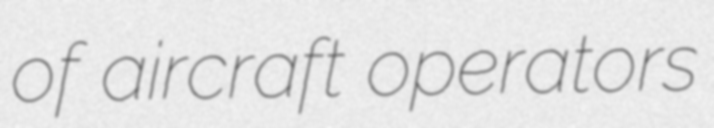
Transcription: of aircraft operators